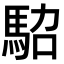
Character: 𩢟